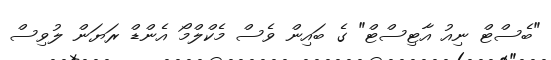
"ބެސްޓް ނިއު އާޓިސްޓް" ގެ ބައިން ވެސް މެކްލްމޯ އެންޑް ރަޔަން ލުވިސް